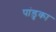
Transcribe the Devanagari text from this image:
पांडुका